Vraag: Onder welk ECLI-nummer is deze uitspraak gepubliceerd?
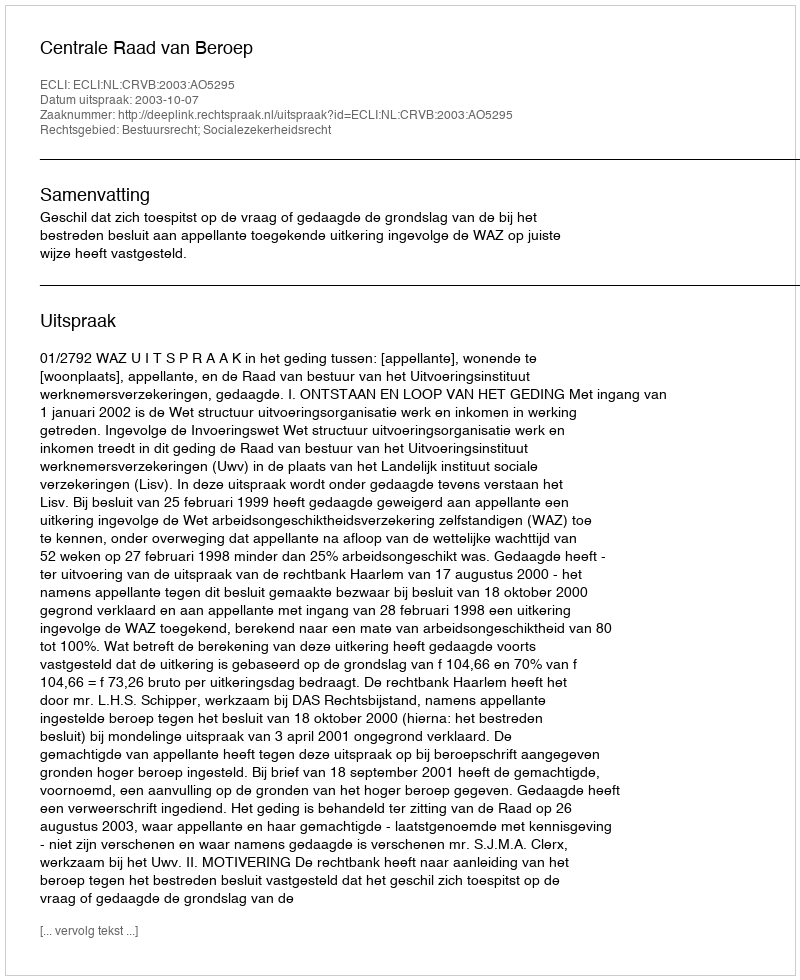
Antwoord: ECLI:NL:CRVB:2003:AO5295